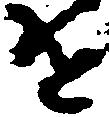
を